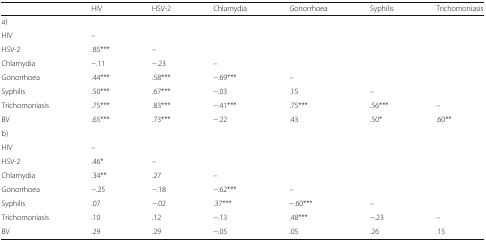
<table><thead><tr><td></td><td><b>HIV</b></td><td><b>HSV-2</b></td><td><b>Chlamydia</b></td><td><b>Gonorrhoea</b></td><td><b>Syphilis</b></td><td><b>Trichomoniasis</b></td></tr></thead><tbody><tr><td colspan="7">a)</td></tr><tr><td>HIV</td><td>–</td><td></td><td></td><td></td><td></td><td></td></tr><tr><td>HSV-2</td><td>.85***</td><td>–</td><td></td><td></td><td></td><td></td></tr><tr><td>Chlamydia</td><td>−.11</td><td>−.23</td><td>–</td><td></td><td></td><td></td></tr><tr><td>Gonorrhoea</td><td>.44***</td><td>.58***</td><td>−.69***</td><td>–</td><td></td><td></td></tr><tr><td>Syphilis</td><td>.50***</td><td>.67***</td><td>−.03</td><td>.15</td><td>–</td><td></td></tr><tr><td>Trichomoniasis</td><td>.75***</td><td>.83***</td><td>−.41***</td><td>.75***</td><td>.56***</td><td>–</td></tr><tr><td>BV</td><td>.65***</td><td>.73***</td><td>−.22</td><td>.43</td><td>.50*</td><td>.60**</td></tr><tr><td colspan="7">b)</td></tr><tr><td>HIV</td><td>–</td><td></td><td></td><td></td><td></td><td></td></tr><tr><td>HSV-2</td><td>.46*</td><td>–</td><td></td><td></td><td></td><td></td></tr><tr><td>Chlamydia</td><td>.34**</td><td>.27</td><td>–</td><td></td><td></td><td></td></tr><tr><td>Gonorrhoea</td><td>−.25</td><td>−.18</td><td>−.62***</td><td>–</td><td></td><td></td></tr><tr><td>Syphilis</td><td>.07</td><td>−.02</td><td>.37***</td><td>−.60***</td><td>–</td><td></td></tr><tr><td>Trichomoniasis</td><td>.10</td><td>.12</td><td>−.13</td><td>.48***</td><td>−.23</td><td>–</td></tr><tr><td>BV</td><td>.29</td><td>.29</td><td>−.05</td><td>.05</td><td>.26</td><td>.15</td></tr></tbody></table>